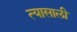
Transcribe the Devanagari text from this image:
त्‍यासाली